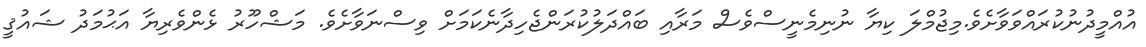
އުއްމީދުނުކުރައްވަވާށެވެ.މިޖުމްލަ ކިޔާ ނުނިމެނީސްވެސް މަރާއި ބައްދަލުކުރަންޖެހިދާނެކަމަށް ވިސްނަވާށެވެ. މަޝްހޫރު ޅެންވެރިޔާ އަޙުމަދު ޝައުޤީ